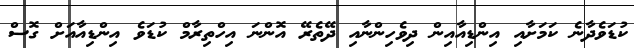
ކުޑަވެދާނެ ކަމަށާއި އިންޑިިއާއިން ދިވެހިންނާއި ދޭތެރޭ އޮންނަ އިހްތިރާމް ކުޑަވެ އިންޑިއާއަށް ގޮސް